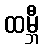
ထမ္ဘီ